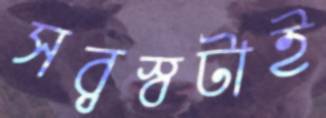
সর্বস্বটাই